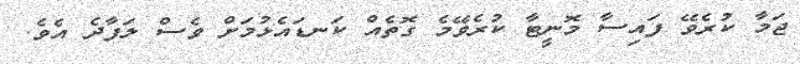
ޖަމާ ކުރެވޭ ފައިސާ މޮނީޓާ ކުރެވޭމެ ގޮތެއް ކަނޑައެޅުމަށް ވެސް ލަފާދެ އެވެ.